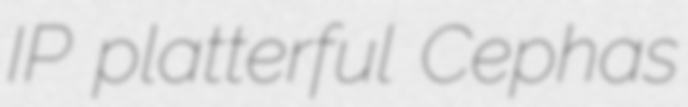
IP platterful Cephas